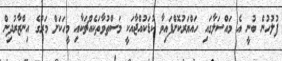
ފުލުހުން ބުނީ އެ މައްސަލާގައި ހައްޔަރުކޮށްފައިވާ ކުޑަކުއްޖާއަކީ މަސްތުވާތަކެއްޗަކާއި މީހަކަށް މަރުގެ އިންޒާރުދިން